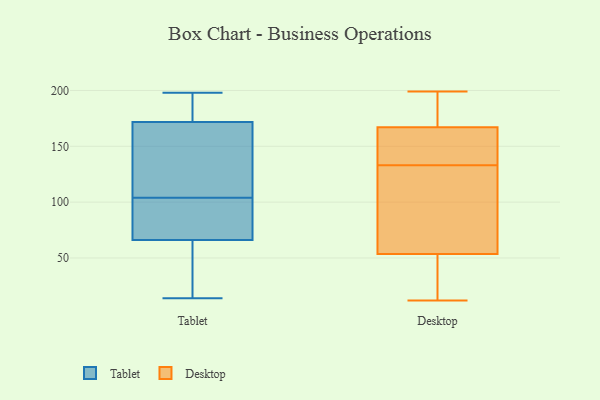
{"axis": {"x": "Active Users", "y": "Value"}, "legend": ["Desktop", "Tablet"], "data": [{"x": "", "y": 66, "type": "Tablet"}, {"x": "", "y": 178, "type": "Tablet"}, {"x": "", "y": 82, "type": "Tablet"}, {"x": "", "y": 192, "type": "Tablet"}, {"x": "", "y": 22, "type": "Tablet"}, {"x": "", "y": 66, "type": "Tablet"}, {"x": "", "y": 137, "type": "Tablet"}, {"x": "", "y": 165, "type": "Tablet"}, {"x": "", "y": 146, "type": "Tablet"}, {"x": "", "y": 174, "type": "Tablet"}, {"x": "", "y": 196, "type": "Tablet"}, {"x": "", "y": 14, "type": "Tablet"}, {"x": "", "y": 51, "type": "Tablet"}, {"x": "", "y": 63, "type": "Tablet"}, {"x": "", "y": 73, "type": "Tablet"}, {"x": "", "y": 74, "type": "Tablet"}, {"x": "", "y": 104, "type": "Tablet"}, {"x": "", "y": 114, "type": "Tablet"}, {"x": "", "y": 198, "type": "Tablet"}, {"x": "", "y": 51, "type": "Desktop"}, {"x": "", "y": 52, "type": "Desktop"}, {"x": "", "y": 144, "type": "Desktop"}, {"x": "", "y": 199, "type": "Desktop"}, {"x": "", "y": 184, "type": "Desktop"}, {"x": "", "y": 189, "type": "Desktop"}, {"x": "", "y": 163, "type": "Desktop"}, {"x": "", "y": 121, "type": "Desktop"}, {"x": "", "y": 140, "type": "Desktop"}, {"x": "", "y": 111, "type": "Desktop"}, {"x": "", "y": 54, "type": "Desktop"}, {"x": "", "y": 154, "type": "Desktop"}, {"x": "", "y": 179, "type": "Desktop"}, {"x": "", "y": 12, "type": "Desktop"}, {"x": "", "y": 14, "type": "Desktop"}, {"x": "", "y": 133, "type": "Desktop"}, {"x": "", "y": 100, "type": "Desktop"}]}